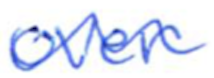
Text: over
Cross-out: wave
Writing tool: ballpoint